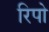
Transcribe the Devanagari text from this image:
रिपो